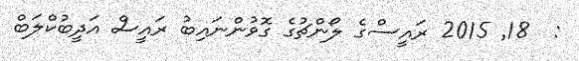
:  18